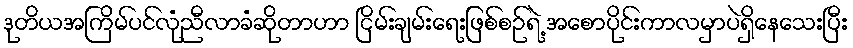
ဒုတိယအကြိမ်ပင်လုံညီလာခံဆိုတာဟာ ငြိမ်းချမ်းရေးဖြစ်စဉ်ရဲ့ အစောပိုင်းကာလမှာပဲရှိနေသေးပြီး